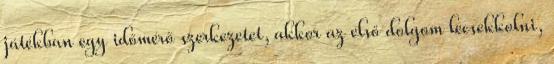
játékban egy időmérő szerkezetet, akkor az első dolgom lecsekkolni,